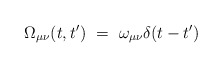
\begin{align*}\Omega_{\mu\nu}(t,t') ~=~ \omega_{\mu\nu} \delta(t-t')\end{align*}